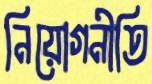
নিয়োগনীতি